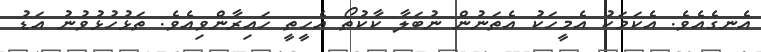
އެނގެއެވެ. އެކަމަކު އެމީހަކު އެތަނުން ނުބަލާ ކާކުތޯ އެހީތީ ހައިރާންވިއެވެ. ތަޅުހުޅުވުނު އަޑު